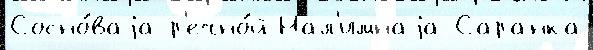
Сосно́ваjа р'ечно́й Нал'имнаjа Саранка